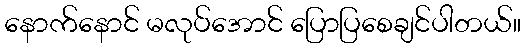
နောက်နောင် မလုပ်အောင် ပြောပြစေချင်ပါတယ်။